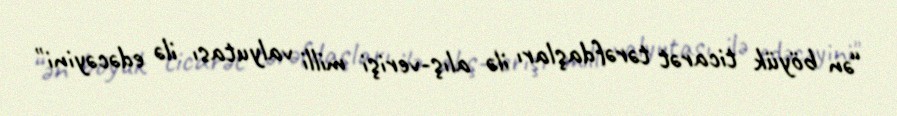
“ən böyük ticarət tərəfdaşları ilə alış-verişi milli valyutası ilə edəcəyini"